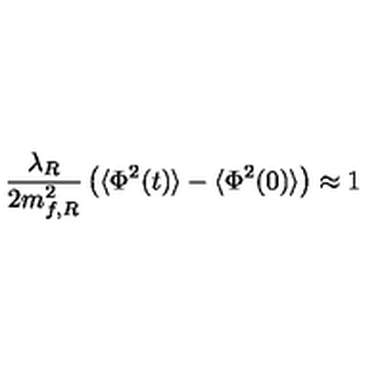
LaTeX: \frac { \lambda _ { R } } { 2 m _ { f , R } ^ { 2 } } \left( \langle \Phi ^ { 2 } ( t ) \rangle - \langle \Phi ^ { 2 } ( 0 ) \rangle \right) \approx 1